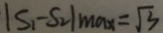
\vert S _ { 1 } - S _ { 2 } \vert m a _ { x } = \sqrt { 3 }